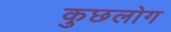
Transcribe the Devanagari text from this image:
कुछलोग